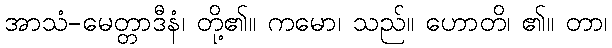
အာသံ-မေတ္တာဒီနံ၊ တို့၏။ ကမော၊ သည်။ ဟောတိ၊ ၏။ တာ၊